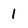
Character: 1